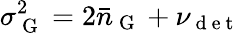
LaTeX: \sigma_{\mathrm{~G~}}^{2}=2\bar{n}_{\mathrm{~G~}}+\nu_{\mathrm{~d~e~t~}}